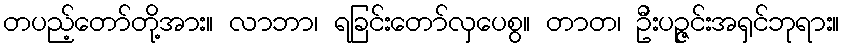
တပည့်တော်တို့အား။ လာဘာ၊ ရခြင်းတော်လှပေစွ။ တာတ၊ ဦးပဉ္ဇင်းအရှင်ဘုရား။